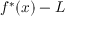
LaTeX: f ^ { * } ( x ) - L